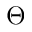
\Theta